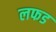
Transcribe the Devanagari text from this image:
लफड